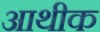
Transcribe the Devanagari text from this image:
आथीक